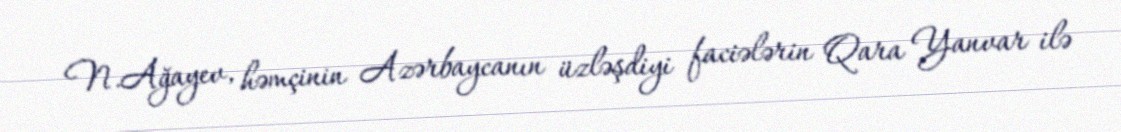
N.Ağayev, həmçinin Azərbaycanın üzləşdiyi faciələrin Qara Yanvar ilə